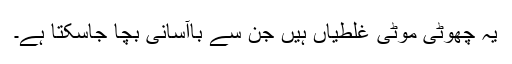
یہ چھوٹی موٹی غلطیاں ہیں جن سے باآسانی بچا جاسکتا ہے۔